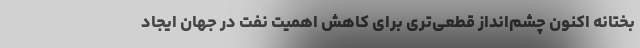
بختانه اکنون چشم‌انداز قطعی‌تری برای کاهش اهمیت نفت در جهان ایجاد